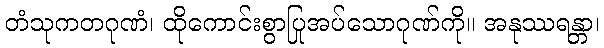
တံသုကတဂုဏံ၊ ထိုကောင်းစွာပြုအပ်သောဂုဏ်ကို။ အနုဿရန္တာ၊